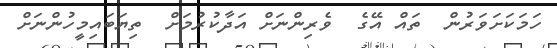
ހަމަކަށަވަރުން  ތައް އޭގެ  ވެރިންނަށް އަދާކުރުމަށް  ތިޔަބައިމީހުންނަށް